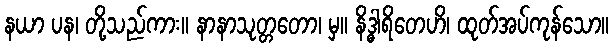
နယာ ပန၊ တို့သည်ကား။ နာနာသုတ္တတော၊ မှ။ နိဒ္ဓါရိတေဟိ၊ ထုတ်အပ်ကုန်သော။